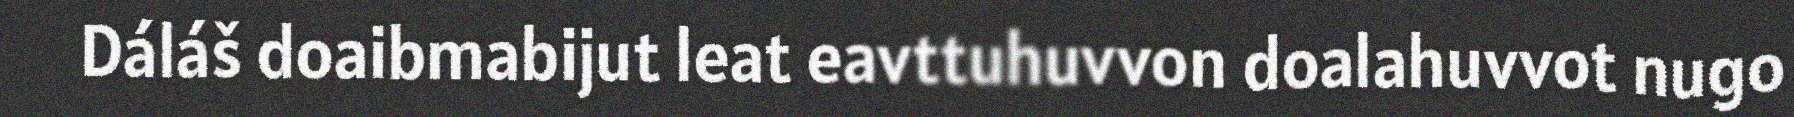
Dáláš doaibmabijut leat eavttuhuvvon doalahuvvot nugo